Indian journal of veterinary science and animal husbandry - Volume 10,
Year: 1940
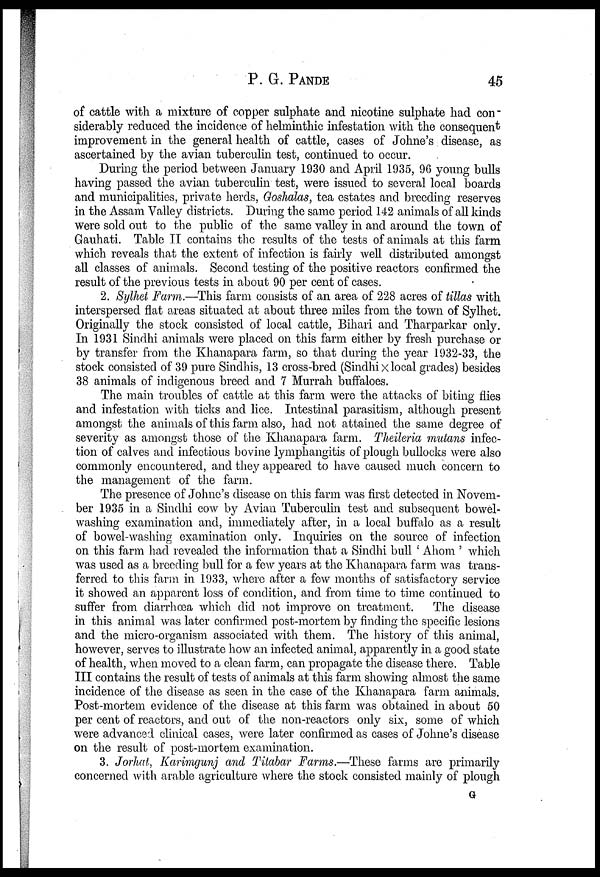
P. G.
PANDE
45
of cattle with a mixture of copper sulphate and nicotine sulphate had con¬
siderably reduced the incidence of helminthic infestation with the consequent
improvement in the general health of cattle, cases of Johne's disease, as
ascertained by the avian tuberculin test, continued to occur.
During the period between January 1930 and April 1935, 96 young bulls
having passed the avian tuberculin test, were issued to several local boards
and municipalities, private herds, Goshalas, tea estates and breeding reserves
in the Assam Valley districts. During the same period 142 animals of all kinds
were sold out to the public of the same valley in and around the town of
Gauhati. Table II contains the results of the tests of animals at this farm
which reveals that the extent of infection is fairly well distributed amongst
all classes of animals. Second testing of the positive reactors confirmed the
result of the previous tests in about 90 per cent of cases.
2. Sylhet Farm.—This farm consists of an area of 228 acres of tillas with
interspersed flat areas situated at about three miles from the town of Sylhet.
Originally the stock consisted of local cattle, Bihari and Tharparkar only.
In 1931 Sindhi animals were placed on this farm either by fresh purchase or
by transfer from the Khanapara farm, so that during the year 1932-33, the
stock consisted of 39 pure Sindhis, 13 cross-bred (Sindhi x local grades) besides
38 animals of indigenous breed and 7 Murrah buffaloes.
The main troubles of cattle at this farm were the attacks of biting flies
and infestation with ticks and lice. Intestinal parasitism, although present
amongst the animals of this farm also, had not attained the same degree of
severity as amongst those of the Khanapara farm. Theileria mutans infec-
tion of calves and infectious bovine lymphangitis of plough bullocks were also
commonly encountered, and they appeared to have caused much concern to
the management of the farm.
The presence of Johne's disease on this farm was first detected in Novem-
ber 1935 in a Sindhi cow by Avian Tuberculin test and subsequent bowel-
washing examination and, immediately after, in a local buffalo as a result
of bowel-washing examination only. Inquiries on the source of infection
on this farm had revealed the information that a Sindhi bull ' Ahom ' which
was used as a breeding bull for a few years at the Khanapara farm was trans-
ferred to this farm in 1933, where after a few months of satisfactory service
it showed an apparent loss of condition, and from time to time continued to
suffer from diarrhœa which did not improve on treatment.
The disease
in this animal was later confirmed post-mortem by finding the specific lesions
and the micro-organism associated with them. The history of this animal,
however, serves to illustrate how an infected animal, apparently in a good state
of health, when moved to a clean farm, can propagate the disease there. Table
III contains the result of tests of animals at this farm showing almost the same
incidence of the disease as seen in the case of the Khanapara farm animals.
Post-mortem evidence of the disease at this farm was obtained in about 50
per cent of reactors, and out of the non-reactors only six, some of which
were advanced clinical cases, were later confirmed as cases of Johne's disease
on the result of post-mortem examination.
3. Jorhat, Karimgunj and Titabar Farms.—These farms are primarily
concerned with arable agriculture where the stock consisted mainly of plough
G